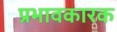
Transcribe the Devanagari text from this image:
प्रभावकारक